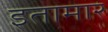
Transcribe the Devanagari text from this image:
इतामार